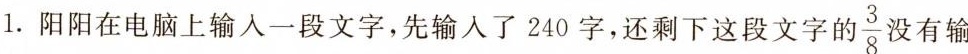
1.阳阳在电脑上输入一段文字，先输入了240字，还剩下这段文字的 \frac{3}{8}没有输